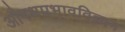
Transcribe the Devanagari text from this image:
औषधप्रभावविज्ञान